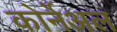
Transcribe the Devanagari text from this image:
कोर्नेअल